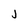
Character: j